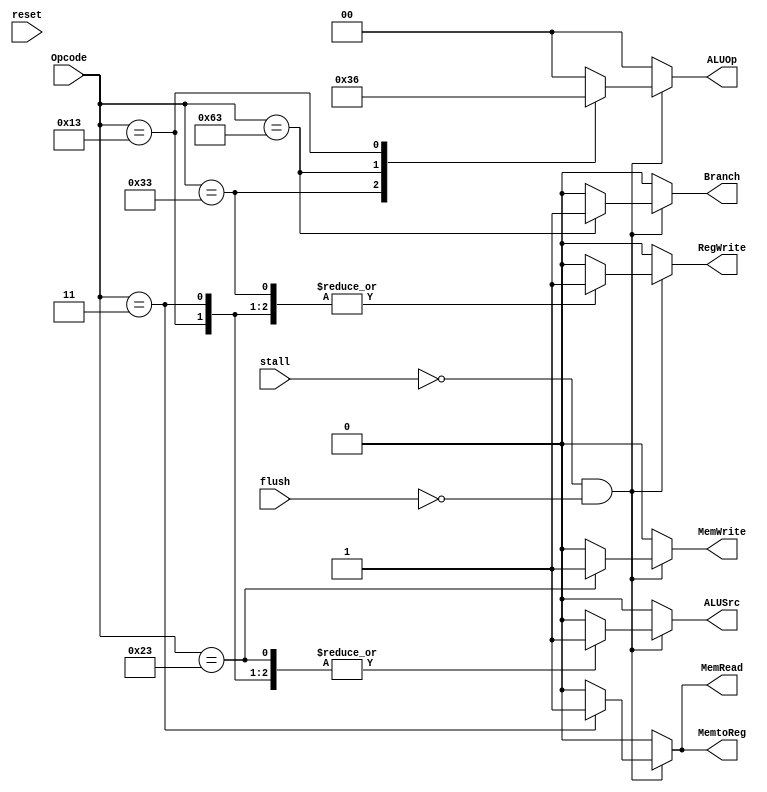
`timescale 1ns / 1ps

module Control_Unit(
    input reset,
    input stall,
    input flush,
    input [6:0] Opcode,
    output reg Branch,
    output reg MemRead,
    output reg MemtoReg,
    output reg [1:0] ALUOp,
    output reg MemWrite,
    output reg ALUSrc,
    output reg RegWrite
    );
    always @*
        begin
            if (!stall && !flush)
            begin
                case(Opcode)
                    7'b0110011:
                    begin
                        ALUSrc <= 0;
                        MemtoReg <= 0;
                        RegWrite <= 1;
                        MemRead <= 0;
                        MemWrite <= 0;
                        Branch <= 0;
                        ALUOp <= 2'b11;
                    end
                    7'b0000011:
                    begin
                        ALUSrc <= 1;
                        MemtoReg <= 1;
                        RegWrite <= 1;
                        MemRead <= 1;
                        MemWrite <= 0;
                        Branch <= 0;
                        ALUOp <= 2'b00;
                    end
                    7'b0100011:
                    begin
                        ALUSrc <= 1;
                        MemtoReg <= 0;
                        RegWrite <= 0;
                        MemRead <= 0;
                        MemWrite <= 1;
                        Branch <= 0;
                        ALUOp <= 2'b00;
                    end
                    7'b1100011:
                    begin
                        ALUSrc <= 0;
                        MemtoReg <= 0;
                        RegWrite <= 0;
                        MemRead <= 0;
                        MemWrite <= 0;
                        Branch <= 1;
                        ALUOp <= 2'b01;
                    end
                    7'b0010011:
                    begin
                        ALUSrc <= 1;
                        MemtoReg <= 0;
                        RegWrite <= 1;
                        MemRead <= 0;
                        MemWrite <= 0;
                        Branch <= 0;
                        ALUOp <= 2'b10;
                    end
                    default:
                    begin
                        ALUSrc <= 0;
                        MemtoReg <= 0;
                        RegWrite <= 0;
                        MemRead <= 0;
                        MemWrite <= 0;
                        Branch <= 0;
                        ALUOp <= 2'b00;
                    end
                endcase
            end
        else
            begin
                ALUSrc <= 0;
                MemtoReg <= 0;
                RegWrite <= 0;
                MemRead <= 0;
                MemWrite <= 0;
                Branch <= 0;
                ALUOp <= 2'b00;
            end
        end   
        
endmodule